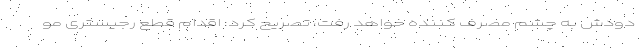
دودش به چشم مصرف کننده خواهد رفت، تصریح کرد: اقدام قطع رجیستری مو